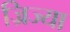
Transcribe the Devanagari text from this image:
ज्रिज्या